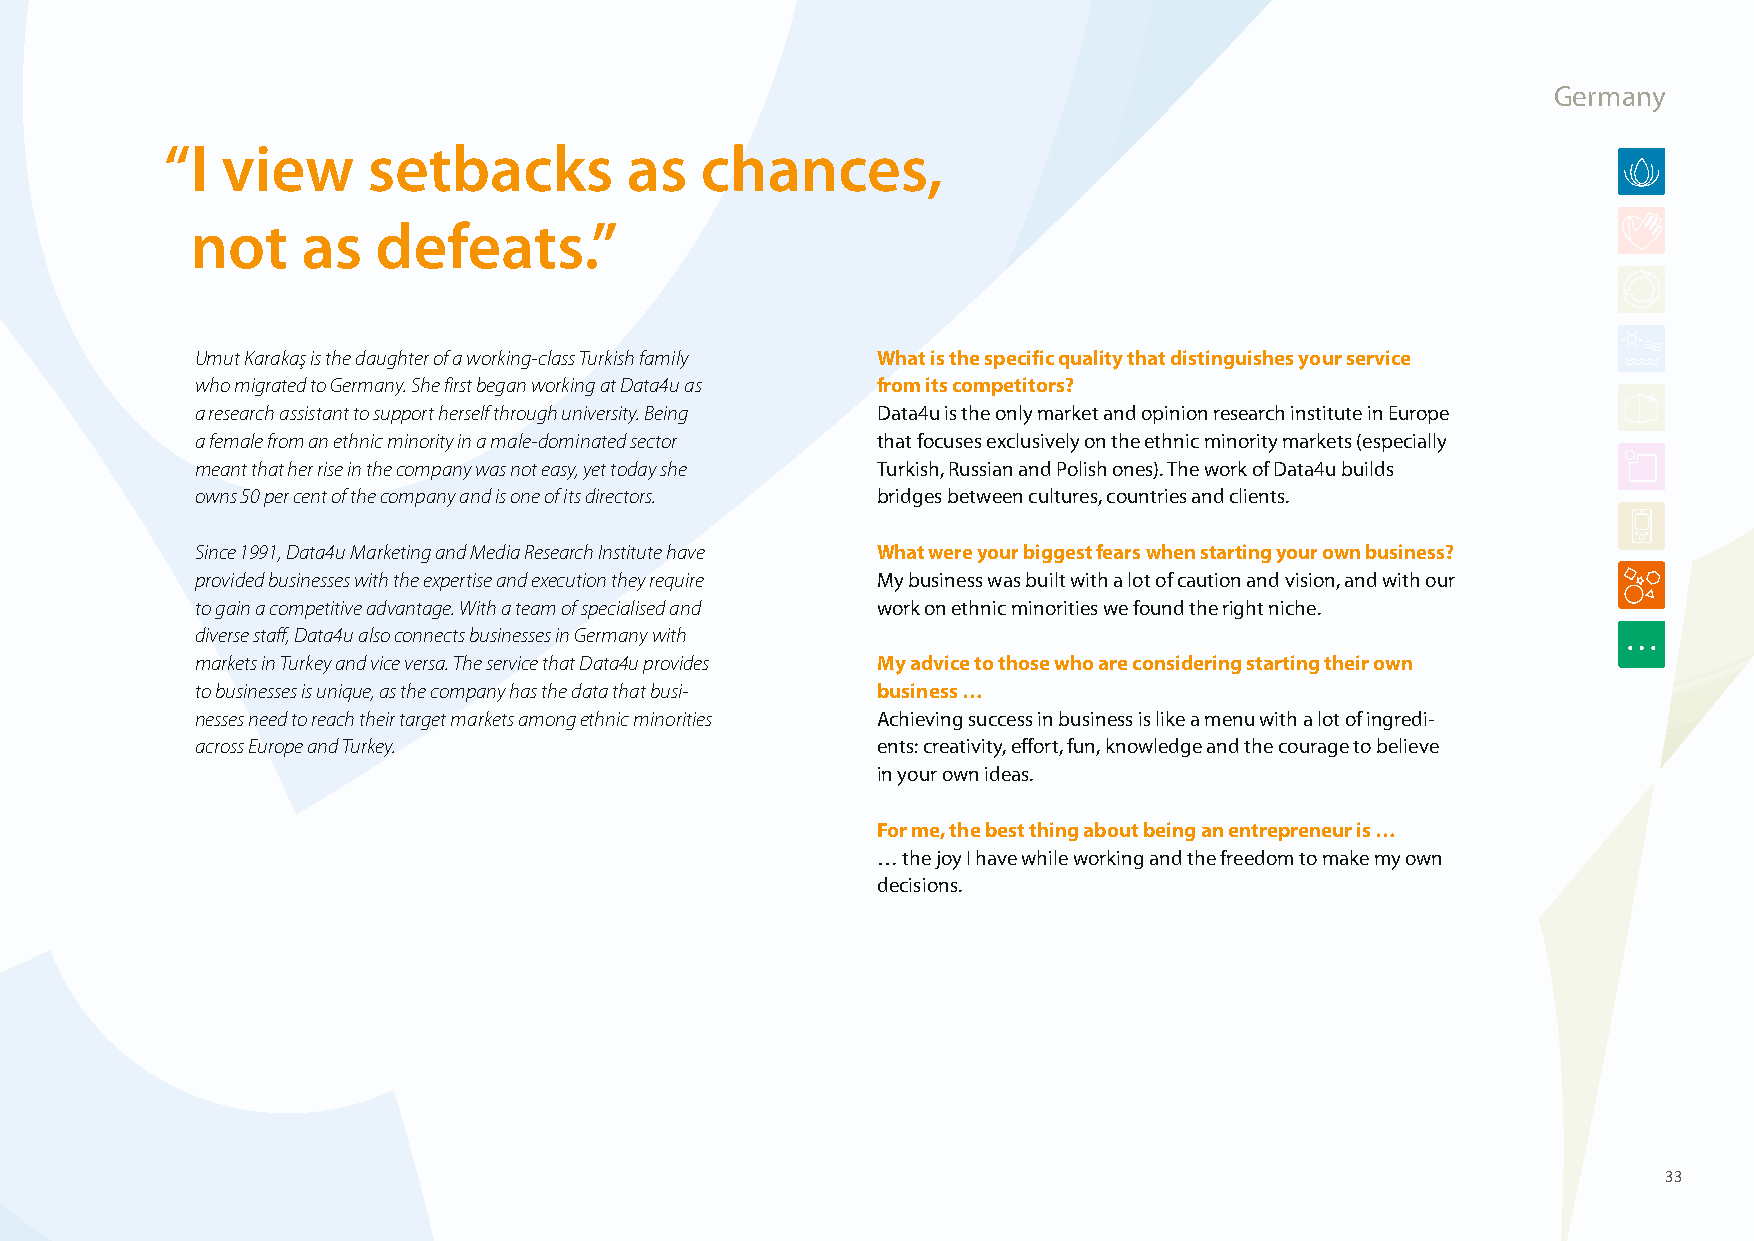
Germany
 “ I view     setbacks         as   chances,
 not    as   defeats.”
 Umut Karakaş is the daughter of a working-class Turkish family What is the specific quality that distinguishes your service
 who migrated to Germany. She first began working at Data4u as from its competitors?
 a research assistant to support herself through university. Being Data4u is the only market and opinion research institute in Europe
 a female from an ethnic minority in a male-dominated sector that focuses exclusively on the ethnic minority markets (especially
 meant that her rise in the company was not easy, yet today she Turkish, Russian and Polish ones). The work of Data4u builds
 owns 50 per cent of the company and is one of its directors. bridges between cultures, countries and clients.
 Since 1991, Data4u Marketing and Media Research Institute have What were your biggest fears when starting your own business?
 provided businesses with the expertise and execution they require My business was built with a lot of caution and vision, and with our
 to gain a competitive advantage. With a team of specialised and work on ethnic minorities we found the right niche.
 diverse staff, Data4u also connects businesses in Germany with
 markets in Turkey and vice versa. The service that Data4u provides My advice to those who are considering starting their own
 to businesses is unique, as the company has the data that busi- business …
 nesses need to reach their target markets among ethnic minorities Achieving success in business is like a menu with a lot of ingredi-
 across Europe and Turkey.                    ents: creativity, effort, fun, knowledge and the courage to believe
 in your own ideas.
 For me, the best thing about being an entrepreneur is …
 … the joy I have while working and the freedom to make my own
 decisions.
 33
 100426_SMEweek_broch_A4quer_hw.indd 33                                                                   27.04.2010 9:13:05 Uhr